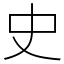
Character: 史